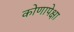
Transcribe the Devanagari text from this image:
कोणापेक्षा